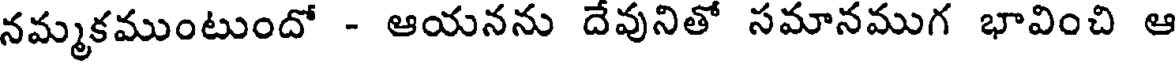
నమ్మకముంటుందో - ఆయనను దేవునితో సమానముగ భావించి ఆ